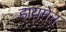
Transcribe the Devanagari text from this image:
हायमेन